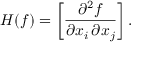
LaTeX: H ( f ) = \left[ { \frac { \partial ^ { 2 } f } { \partial x _ { i } \, \partial x _ { j } } } \right] .